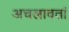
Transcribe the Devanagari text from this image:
अचलावतां